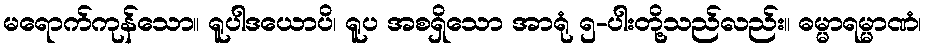
မရောက်ကုန်သော။ ရူပါဒယောပိ၊ ရူပ အစရှိသော အာရုံ ၅-ပါးတို့သည်လည်း။ ဓမ္မာရမ္မာဏံ၊